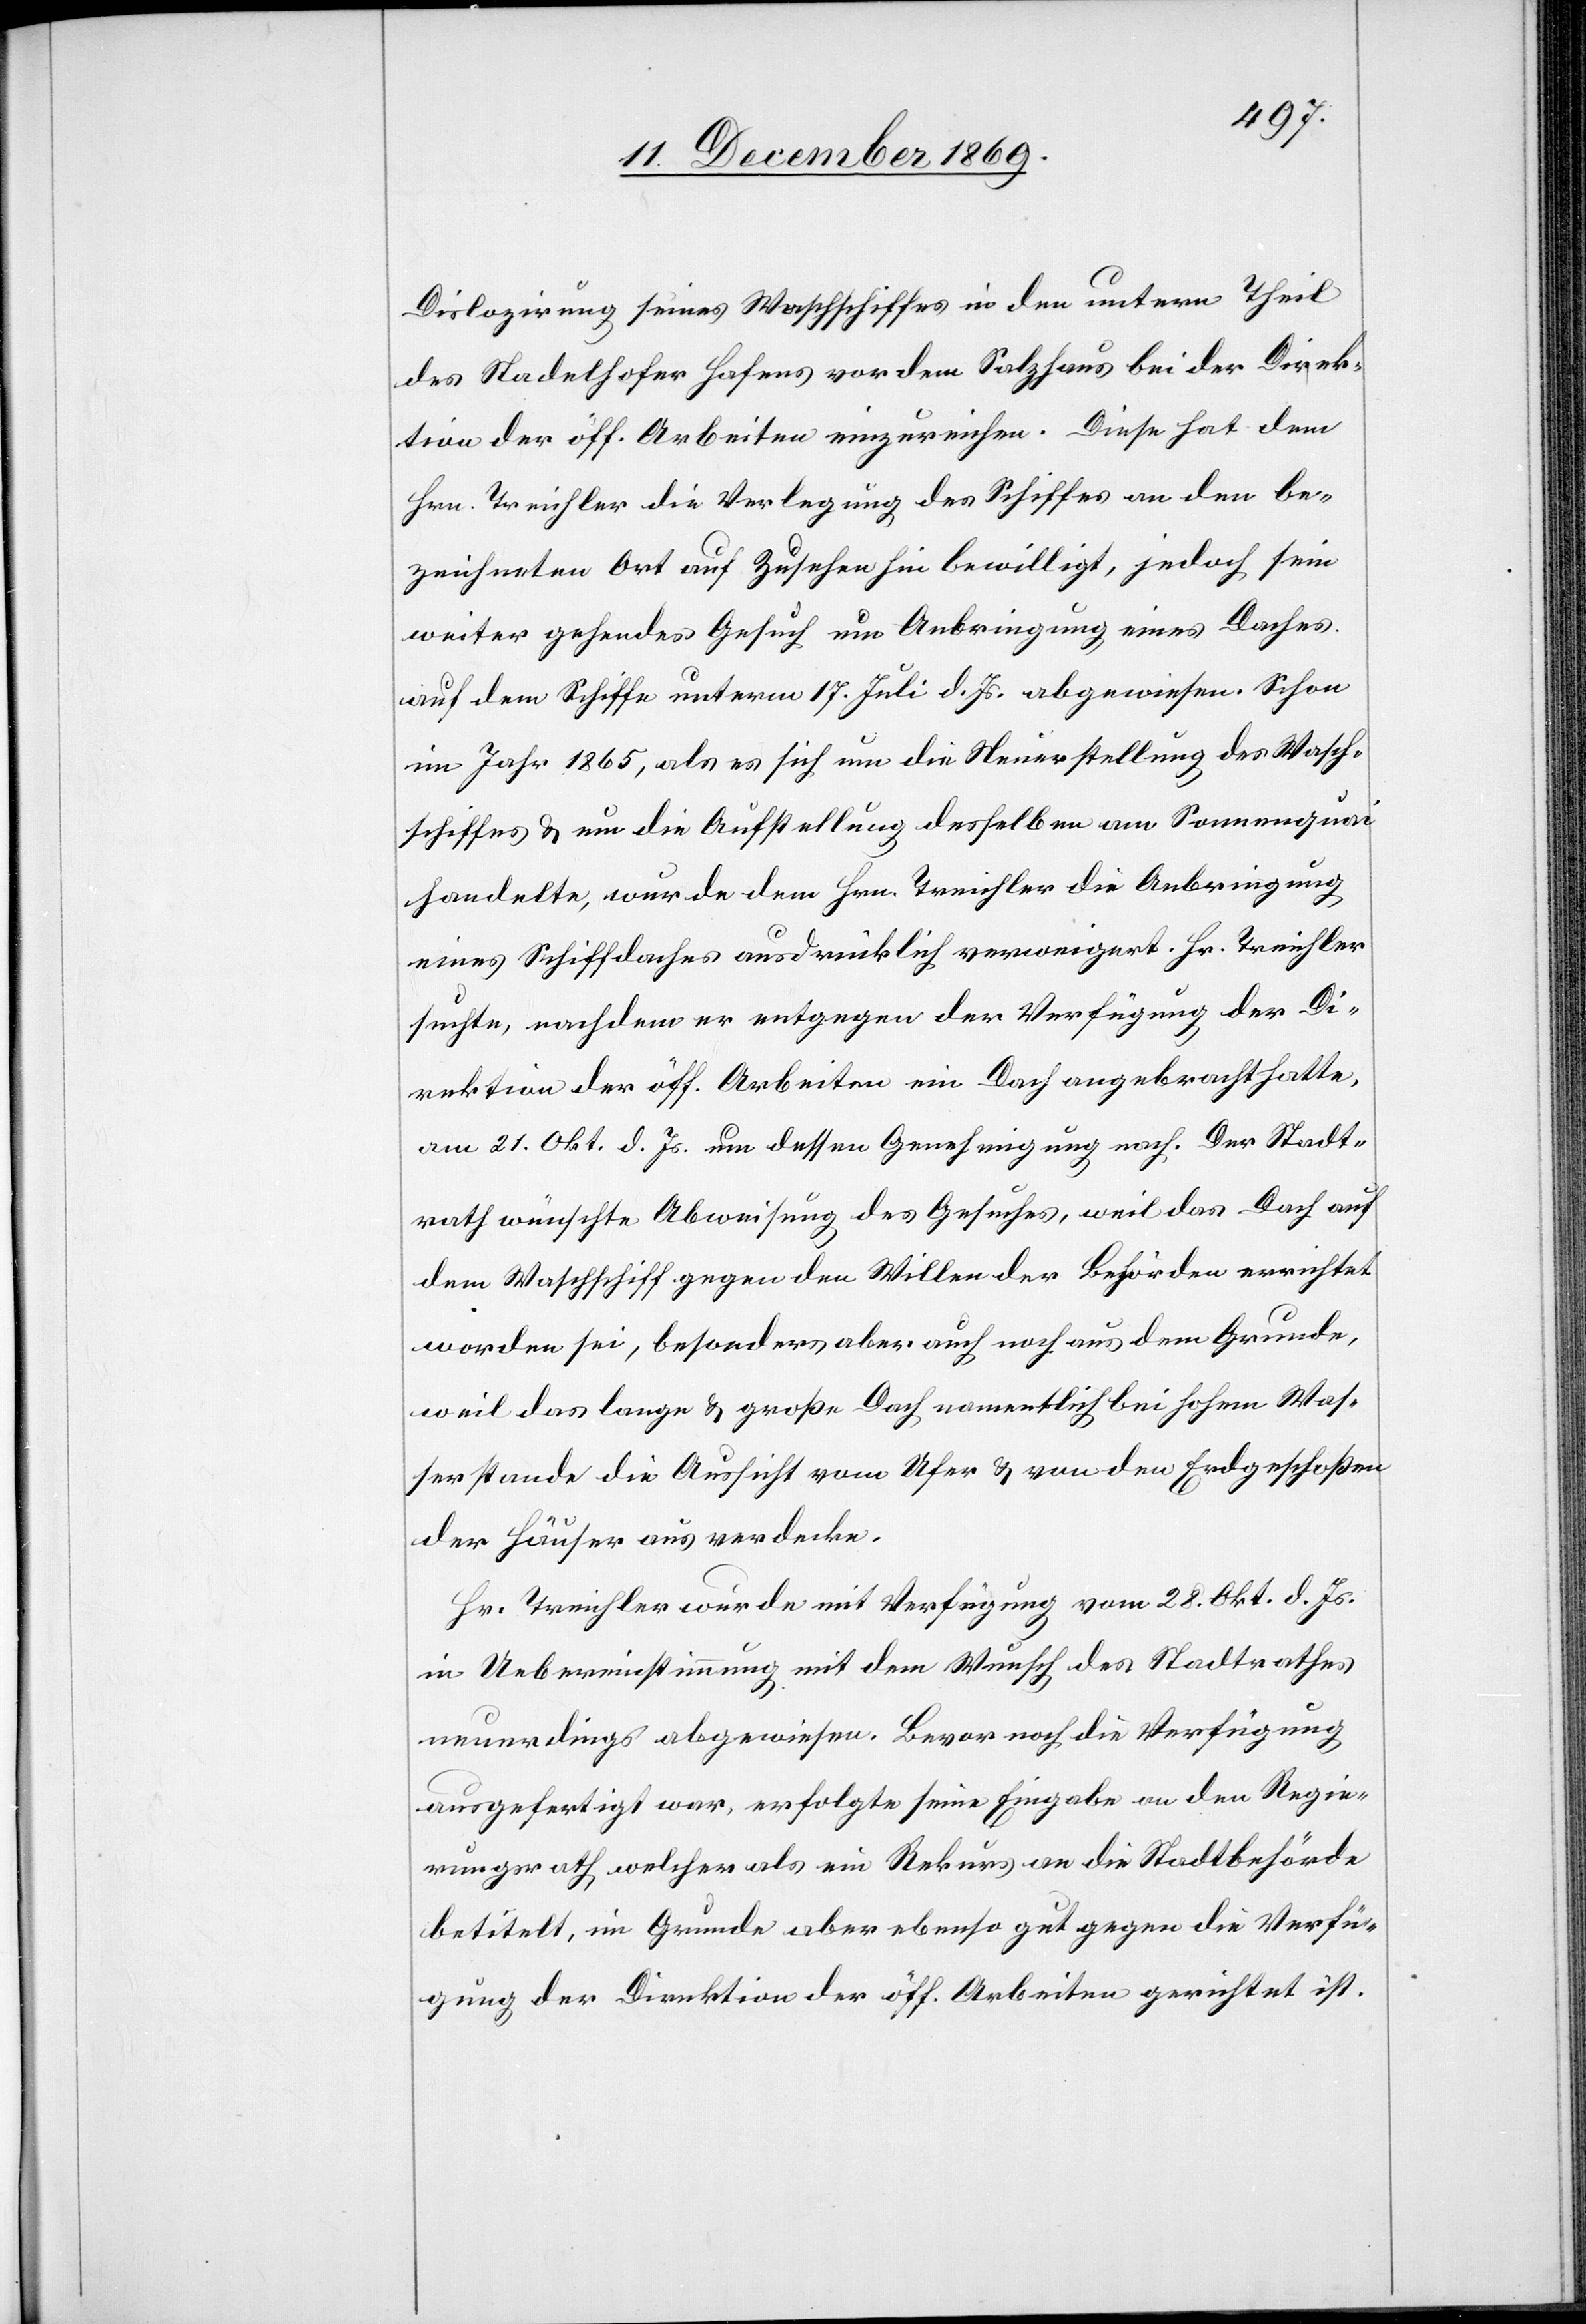
Dislozirung seines Waschschiffes in den untern Theil
des Stadelhofer Hafens vor dem Salzhaus bei der Direk¬
tion der öff. Arbeiten einzureichen. Diese hat dem
Hrn. Treichler die Verlegung des Schiffes an den be¬
zeichneten Ort auf Zusehen hin bewilligt, jedoch sein
weiter gehendes Gesuch um Anbringung eines Daches
auf dem Schiffe unterm 17. Juli d. Js. abgewiesen. Schon
im Jahr 1865, als es sich um die Neuerstellung des Wasch¬
schiffes & um die Aufstellung desselben am Sonnenquai
handelte, wurde dem Hrn. Treichler die Anbringung
eines Schiffdaches ausdrücklich verweigert. Hr. Treichler
suchte, nachdem er entgegen der Verfügung der Di¬
rektion der öff. Arbeiten ein Dach angebracht hatte,
am 21. Okt. d. Js. um dessen Genehmigung nach. Der Stadt¬
rath wünschte Abweisung des Gesuches, weil das Dach auf
dem Waschschiff gegen den Willen der Behörden errichtet
worden sei, besonders aber auch noch aus dem Grunde,
weil das lange & große Dach namentlich bei hohem Was¬
serstande die Aussicht vom Ufer & von den Erdgeschoßen
der Häuser aus verdecke.
Hr. Treichler wurde mit Verfügung vom 28. Okt. d. Js.
in Uebereinstimmung mit dem Wunsch des Stadtrathes
neuerdings abgewiesen. Bevor noch die Verfügung
ausgefertigt war, erfolgte seine Eingabe an den Regie¬
rungsrath welcher als ein Rekurs an die Stadtbehörde
betitelt, im Grunde aber ebenso gut gegen die Verfü¬
gung der Direktion der öff. Arbeiten gerichtet ist.